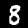
Label: 8